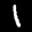
Label: 1